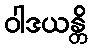
ဝါဒယန္တိ